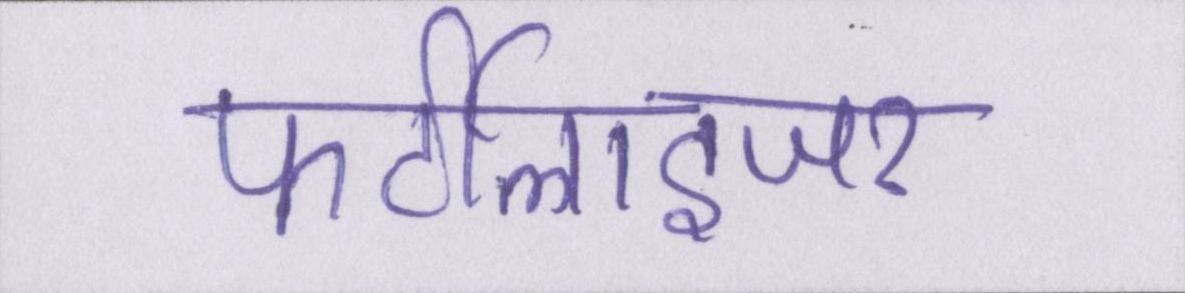
फर्टीलाइजर